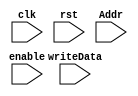
//*************************************************
//** 2016 spring iVCAD                          
//** Author: Doris
//** Description: output memory
//** Mar. 2014 Tim revised	
//** Mar. 2015 Jimmy revised   	
//** Mar. 2016 Yip revised  	
//*************************************************
`timescale 1ns/10ps
module output_memory (clk, rst, enable, Addr, writeData);

input 		  clk;
input 		  rst;
input 		  enable;
input  [5:0]  Addr;
input  [31:0] writeData;
reg    [31:0] output_mem [63:0];	
integer i;

always@(posedge clk or posedge rst)begin

	if(rst)begin
		for(i=0;i<64;i=i+1)
		output_mem[i]<=32'd0;
	end
	
	else if(enable && Addr<64)
		output_mem[Addr]<=writeData;
	else ;

end 
endmodule